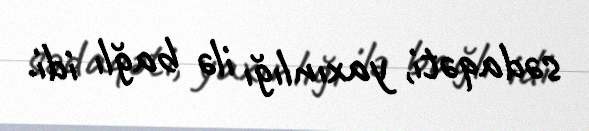
sədaqəti, yaxınlığı ilə bağlı idi.